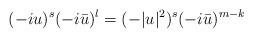
LaTeX: \begin{align*}(-iu)^s (-i\bar{u})^l=(-|u|^2)^s (-i\bar{u})^{m-k}\end{align*}